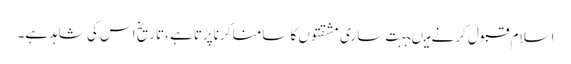
اسلام قبول کرنے میںبہت ساری مشقتوں کا سامنا کرناپڑتاہے ،تاریخ اس کی شاہدہے۔